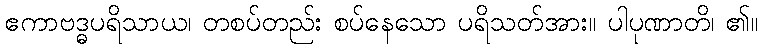
ဧကာဗဒ္ဓပရိသာယ၊ တစပ်တည်း စပ်နေသော ပရိသတ်အား။ ပါပုဏာတိ၊ ၏။